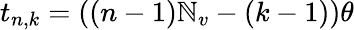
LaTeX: t_{n,k}=((n-1)\mathbb{N}_{v}-(k-1))\theta